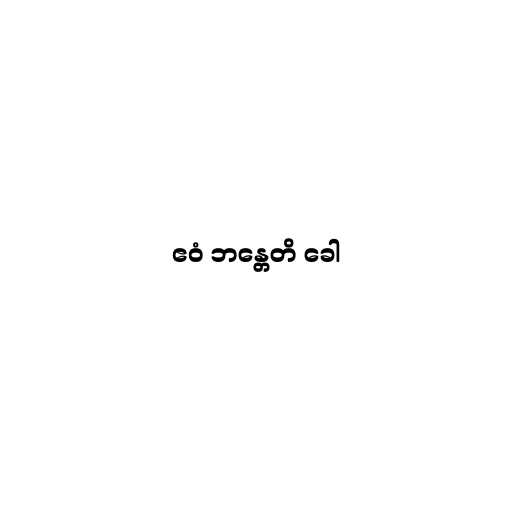
ဧဝံ ဘန္တေတိ ခေါ